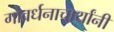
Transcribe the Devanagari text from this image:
गोवर्धनाचार्यांनी